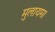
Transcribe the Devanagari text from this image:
मुलायम।